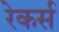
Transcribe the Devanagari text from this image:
रेकर्स